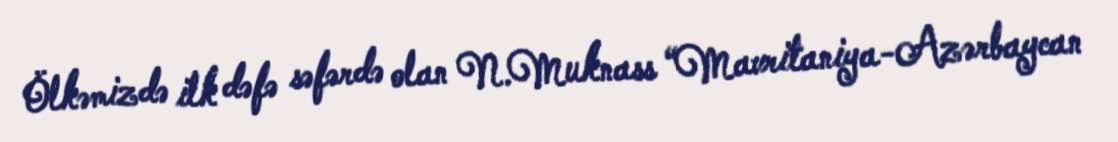
Ölkəmizdə ilk dəfə səfərdə olan N.Muknass “Mavritaniya-Azərbaycan